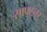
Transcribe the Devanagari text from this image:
साफ्ट्नर